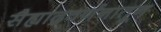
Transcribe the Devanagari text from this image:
सैह्याद्रवर्णनातून